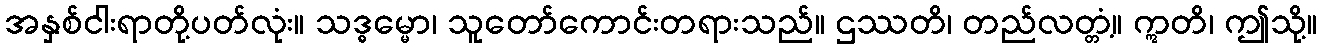
အနှစ်ငါးရာတို့ပတ်လုံး။ သဒ္ဓမ္မော၊ သူတော်ကောင်းတရားသည်။ ဌဿတိ၊ တည်လတ္တံ့။ ဣတိ၊ ဤသို့။